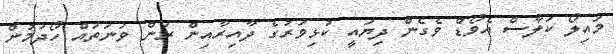
މައިލޯ ކަލާސް އެވޯޑް ވެގެން ދިޔައީ ކުޅިވަރުގެ ދާއިރާއިން ރަން ވަނަތައް ހޯދަމުން